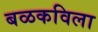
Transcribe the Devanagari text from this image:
बळकविला